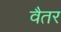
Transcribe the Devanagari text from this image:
वैतर